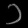
Digit: ၁